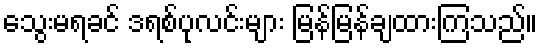
သွေးမရခင် ဒရစ်ပုလင်းများ မြန်မြန်ချထားကြသည်။